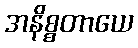
အနိစ္စတာယေ